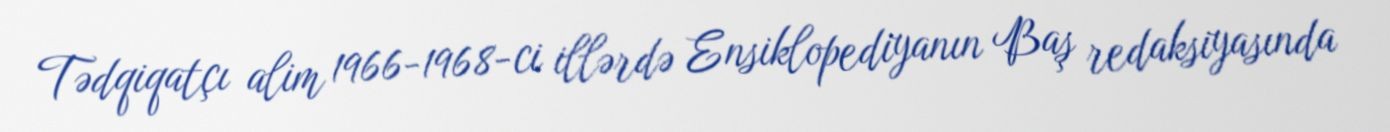
Tədqiqatçı alim 1966-1968-ci illərdə Ensiklopediyanın Baş redaksiyasında